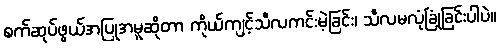
စက်ဆုပ်ဖွယ်အပြုအမူဆိုတာ ကိုယ်ကျင့်သီလကင်းမဲ့ခြင်း၊ သီလမလုံခြုံခြင်းပါပဲ။